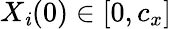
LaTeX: X_{\mathit{i}}(0)\in[0,c_{x}]